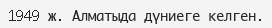
1949 ж. Алматыда дүниеге келген.